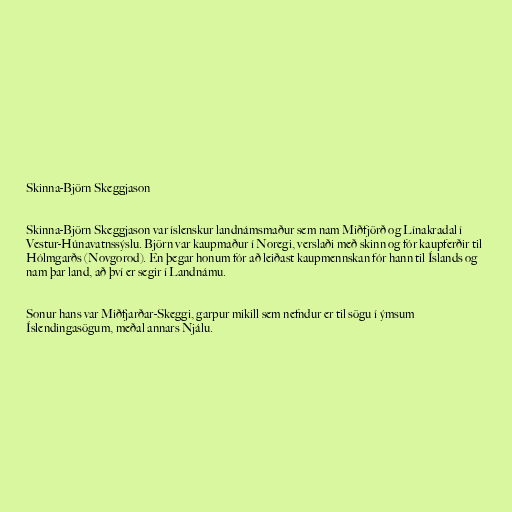
Skinna-Björn Skeggjason

Skinna-Björn Skeggjason var íslenskur landnámsmaður sem nam Miðfjörð og Línakradal í
Vestur-Húnavatnssýslu. Björn var kaupmaður í Noregi, verslaði með skinn og fór kaupferðir til
Hólmgarðs (Novgorod). En þegar honum fór að leiðast kaupmennskan fór hann til Íslands og
nam þar land, að því er segir í Landnámu.

Sonur hans var Miðfjarðar-Skeggi, garpur mikill sem nefndur er til sögu í ýmsum
Íslendingasögum, meðal annars Njálu.